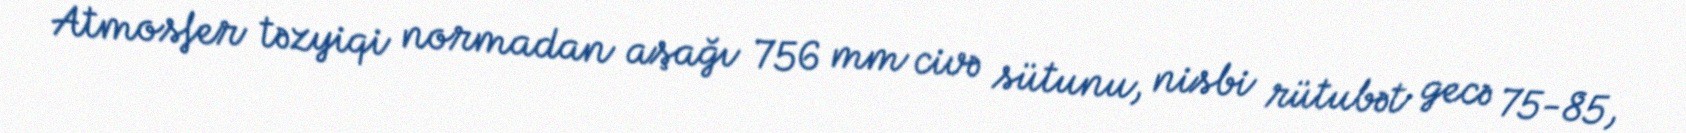
Atmosfer təzyiqi normadan aşağı 756 mm civə sütunu, nisbi rütubət gecə 75-85,